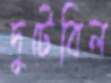
দুটেবিল